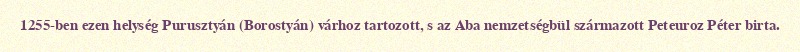
1255-ben ezen helység Purusztyán (Borostyán) várhoz tartozott, s az Aba nemzetségbül származott Peteuroz Péter birta.